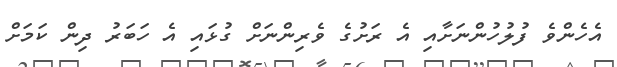
އެހެންވެ ފުލުހުންނަށާއި އެ ރަށުގެ ވެރިންނަށް ގުޅައި އެ ހަބަރު ދިން ކަމަށް